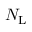
N _ { \mathrm { L } }